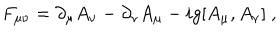
LaTeX: F _ { \mu \nu } = \partial _ { \mu } A _ { \nu } - \partial _ { \nu } A _ { \mu } - i g [ A _ { \mu } , A _ { \nu } ] \ ,